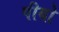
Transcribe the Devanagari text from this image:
पीयो